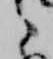
之